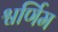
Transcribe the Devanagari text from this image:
श्वर्णिम